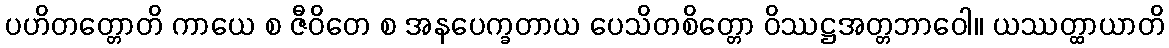
ပဟိတတ္တောတိ ကာယေ စ ဇီဝိတေ စ အနပေက္ခတာယ ပေသိတစိတ္တော ဝိဿဋ္ဌအတ္တဘာဝေါ။ ယဿတ္ထာယာတိ